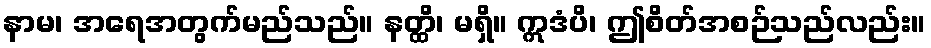
နာမ၊ အရေအတွက်မည်သည်။ နတ္ထိ၊ မရှိ။ ဣဒံပိ၊ ဤစိတ်အစဉ်သည်လည်း။